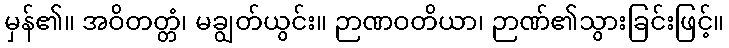
မှန်၏။ အဝိတတ္တံ၊ မချွတ်ယွင်း။ ဉာဏဝတိယာ၊ ဉာဏ်၏သွားခြင်းဖြင့်။